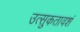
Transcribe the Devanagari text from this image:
उत्‍सुकतावशं